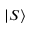
\vert S \rangle